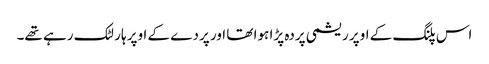
اس پلنگ کے اوپر ریشمی پردہ پڑا ہوا تھا اور پردے کے اوپر ہار لٹک رہے تھے۔